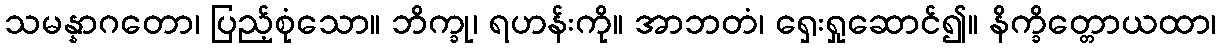
သမန္နာဂတော၊ ပြည့်စုံသော။ ဘိက္ခု၊ ရဟန်းကို။ အာဘတံ၊ ရှေးရှုဆောင်၍။ နိက္ခိတ္တောယထာ၊